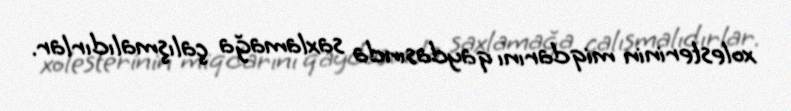
xolesterinin miqdarını qaydasında saxlamağa çalışmalıdırlar.